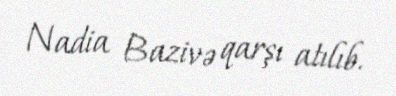
Nadia Bazivə qarşı atılıb.